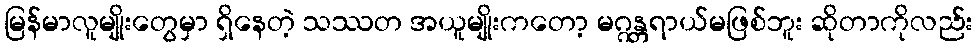
မြန်မာလူမျိုးတွေမှာ ရှိနေတဲ့ သဿတ အယူမျိုးကတော့ မဂ္ဂန္တရာယ်မဖြစ်ဘူး ဆိုတာကိုလည်း